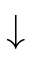
\downarrow